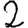
Digit: 2